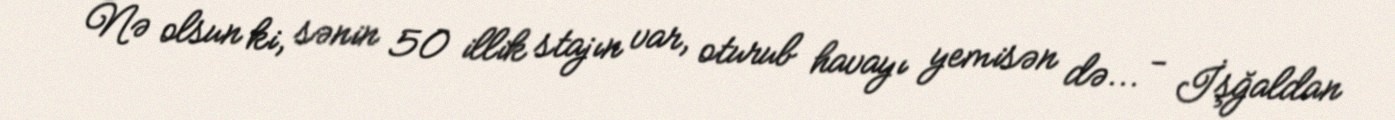
Nə olsun ki, sənin 50 illik stajın var, oturub havayı yemisən də... - İşğaldan